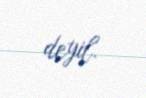
deyil.